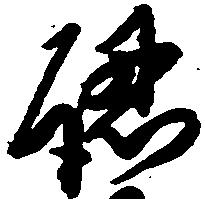
認